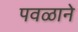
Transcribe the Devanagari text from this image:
पवळाने